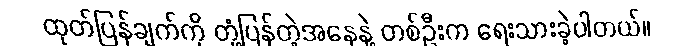
ထုတ်ပြန်ချက်ကို တုံ့ပြန်တဲ့အနေနဲ့ တစ်ဦးက ရေးသားခဲ့ပါတယ်။